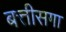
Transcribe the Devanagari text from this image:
बत्तीसगा